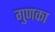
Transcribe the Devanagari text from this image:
गुणका